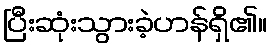
ပြီးဆုံးသွားခဲ့ဟန်ရှိ၏။